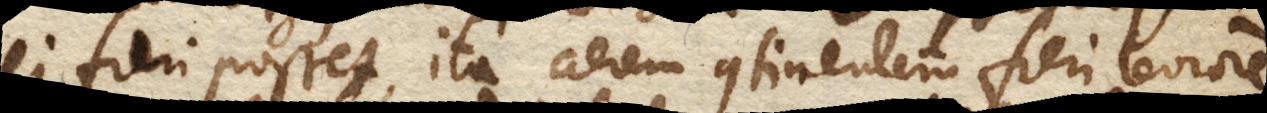
ei fieri posset, ita aerem continentem fieri leviorem